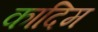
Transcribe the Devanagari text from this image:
कादिम